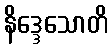
နိဒ္ဒေသောတိ